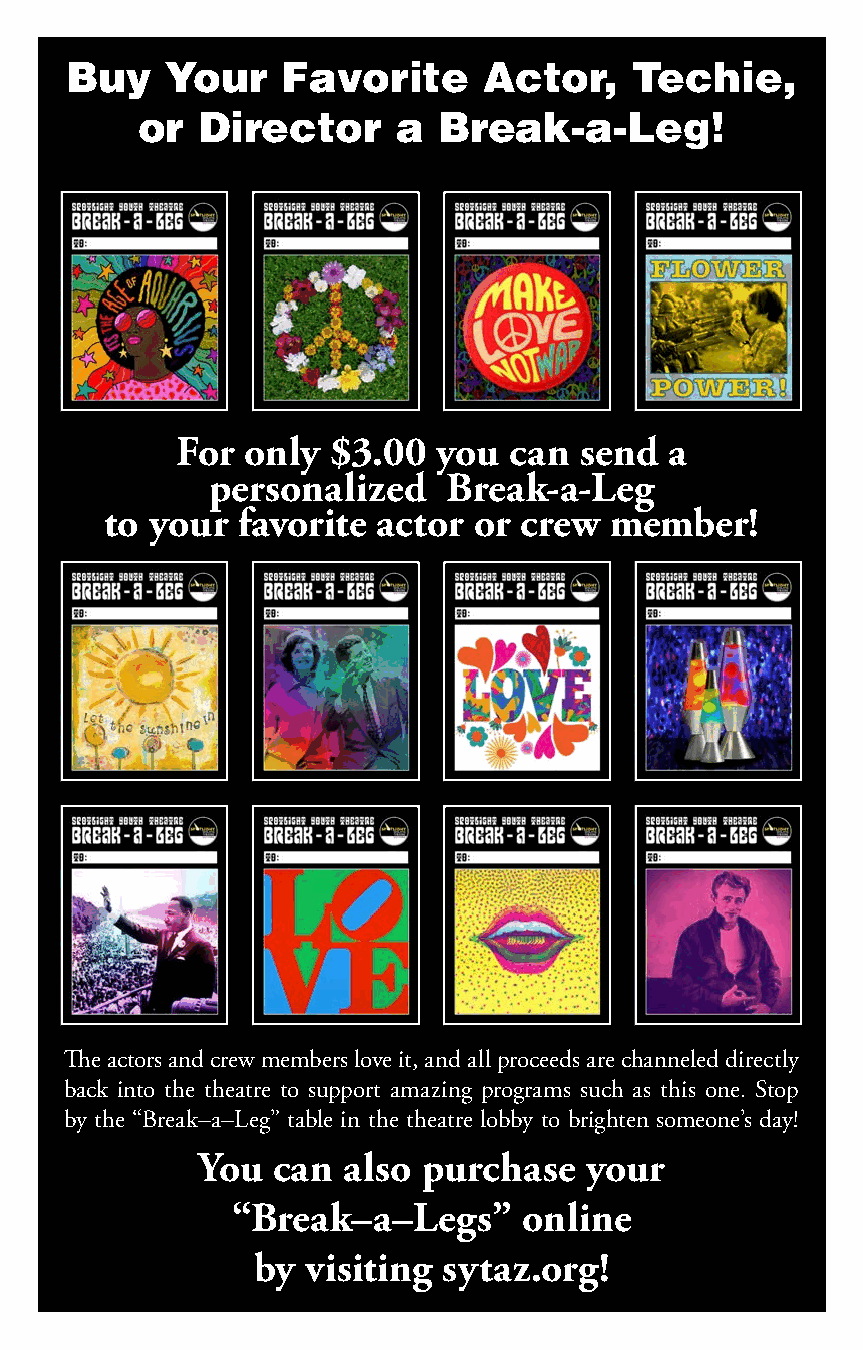
Buy    Your    Favorite     Actor,    Techie,
 or  Director     a  Break-a-Leg!
 For only  $3.00  you  can send  a
 personalized   Break-a-Leg
 to your  favorite actor or crew  member!
 The actors and crew members love it, and all proceeds are channeled directly
 back into the theatre to support amazing programs such as this one. Stop
 by the “Break–a–Leg” table in the theatre lobby to brighten someone’s day!
 You  can  also purchase   your
 “Break–a–Legs”     online
 by visiting sytaz.org!